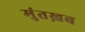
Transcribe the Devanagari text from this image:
मुंतख़ब